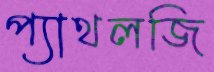
প্যাথলজি